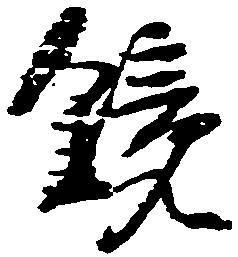
鏡